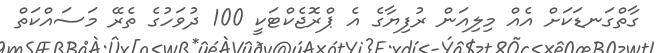
ގާތްގަނޑަކަށް އެއް މިލިއަން ރުފިޔާގެ އެ ޕްރޮޖެކްޓަކީ 100 ދުވަހުގެ ތެރޭ މަސައްކަތް